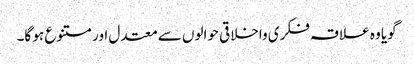
گویا وہ علاقہ فکری واخلاقی حوالوں سے معتدل اور متنوع ہو گا۔